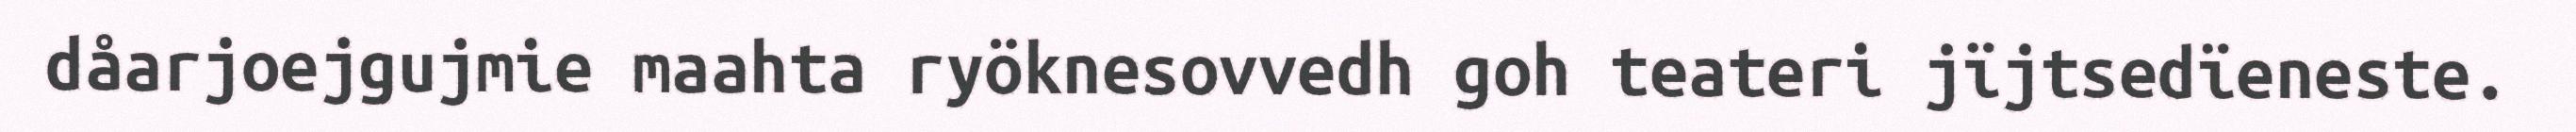
dåarjoejgujmie maahta ryöknesovvedh goh teateri jïjtsedïeneste.